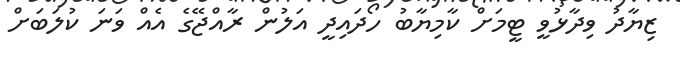
ޒިޔާދު ވިދާޅުވީ ޓީމަށް ކާމިޔާބު ހޯދައިދީ އަލުން ރާއްޖޭގެ އެއް ވަނަ ކުލަބަށް